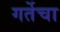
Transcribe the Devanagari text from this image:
गर्तेचा